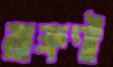
ব্রাহ্মণী